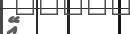
އޭ